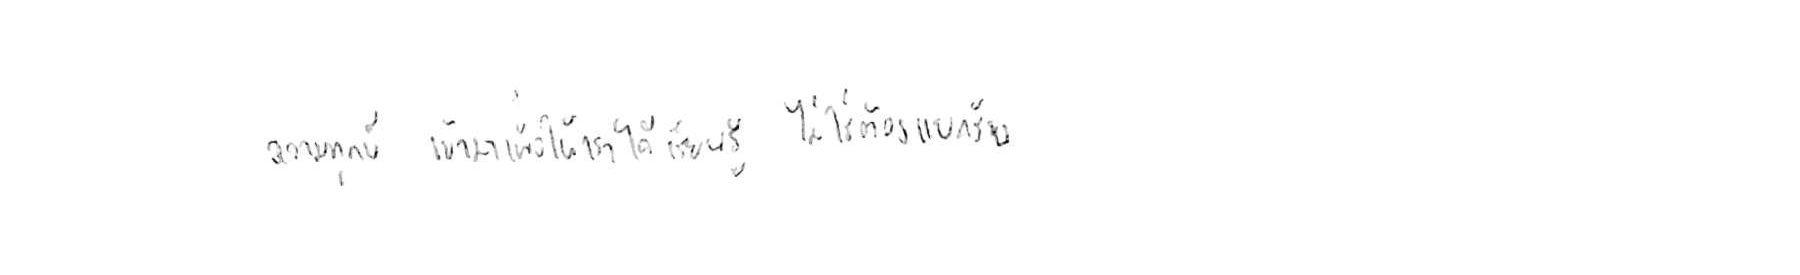
ความทุกข์ เข้ามาเพื่อให้เราได้ เรียนรู้ ไม่ใช่ต้อง แบกรับ